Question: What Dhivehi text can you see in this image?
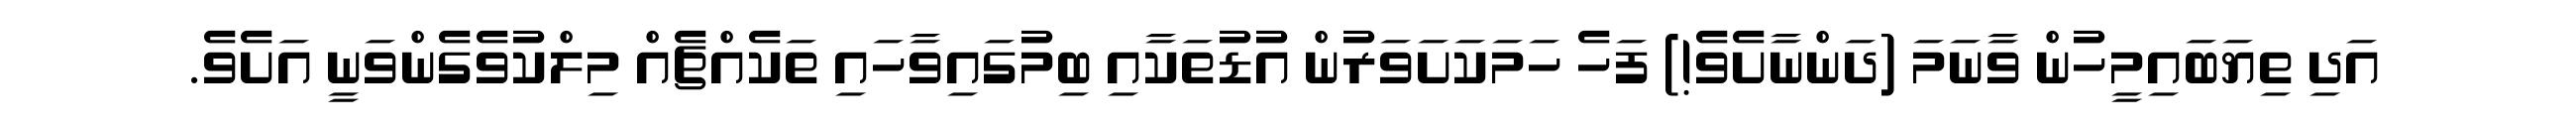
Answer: އަދި ތިޔަބައިމީހުން ވާނަމަ (ދަންނާށެވެ!) ފަހެ ހަމަކަށަވަރުން އުޑުތަކާއި ބިމުގައިވާހައި ތަކެއްޗެއް މިލްކުވެގެންވަނީ އަށެވެ.